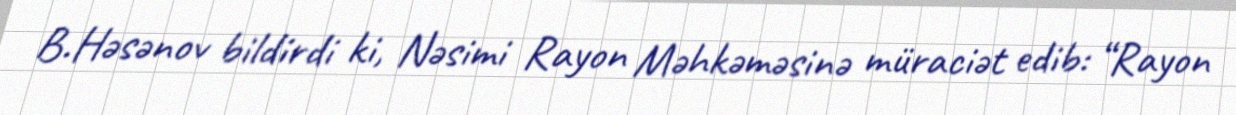
B.Həsənov bildirdi ki, Nəsimi Rayon Məhkəməsinə müraciət edib: “Rayon